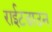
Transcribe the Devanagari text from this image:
राईटडाउन